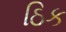
ઠિક